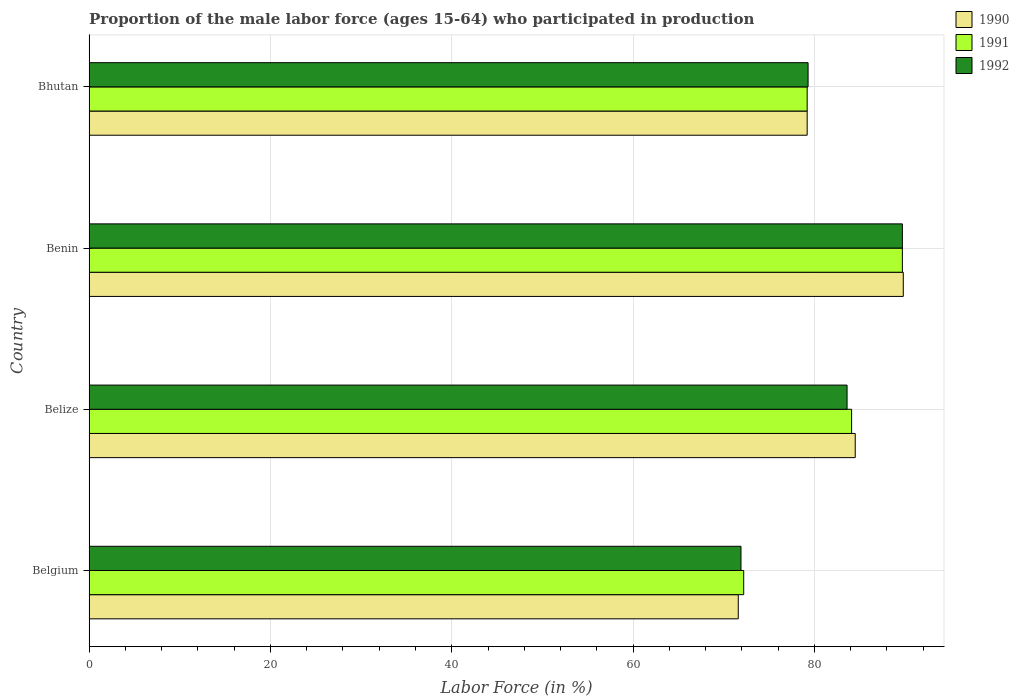
| Country | 1990 | 1991 | 1992 |
 | --- | --- | --- | --- |
 | Belgium | 71.6 | 72.2 | 71.9 |
 | Belize | 84.5 | 84.1 | 83.6 |
 | Benin | 89.8 | 89.7 | 89.7 |
 | Bhutan | 79.2 | 79.2 | 79.3 |